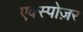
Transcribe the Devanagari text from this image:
एक्स्पोज़र